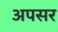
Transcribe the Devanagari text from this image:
अपसर